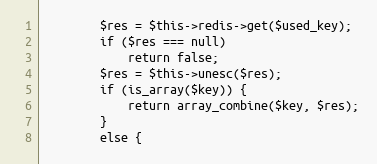
Language: PHP
        $res = $this->redis->get($used_key);
        if ($res === null)
            return false;
        $res = $this->unesc($res);
        if (is_array($key)) {
            return array_combine($key, $res);
        }
        else {